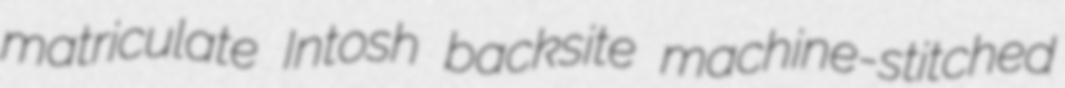
matriculate Intosh backsite machine-stitched